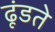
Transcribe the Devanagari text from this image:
ढूंडते